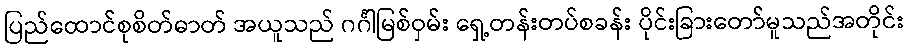
ပြည်ထောင်စုစိတ်ဓာတ် အယူသည် ဂင်္ဂါမြစ်ဝှမ်း ရှေ့တန်းတပ်စခန်း ပိုင်းခြားတော်မူသည်အတိုင်း